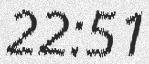
22:51